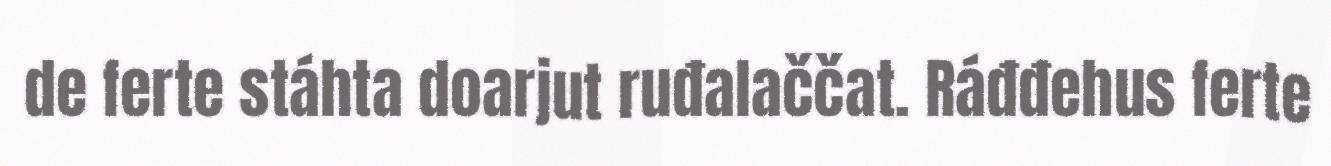
de ferte stáhta doarjut ruđalaččat. Ráđđehus ferte